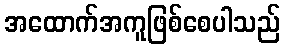
အထောက်အကူဖြစ်စေပါသည်